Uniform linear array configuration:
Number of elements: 4
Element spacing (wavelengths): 1
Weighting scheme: kaiser
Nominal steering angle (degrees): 30
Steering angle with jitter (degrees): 30.893
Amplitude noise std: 0.05
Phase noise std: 0.05

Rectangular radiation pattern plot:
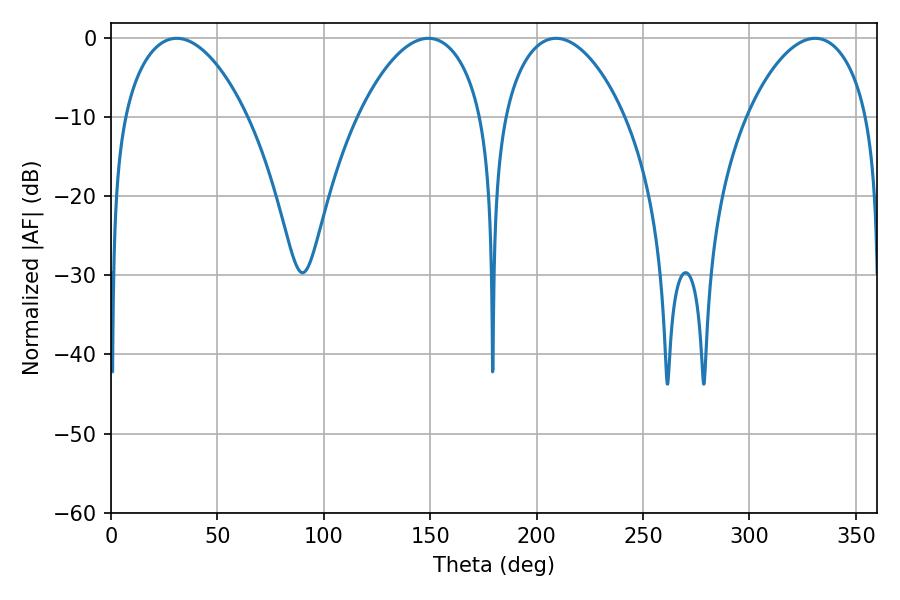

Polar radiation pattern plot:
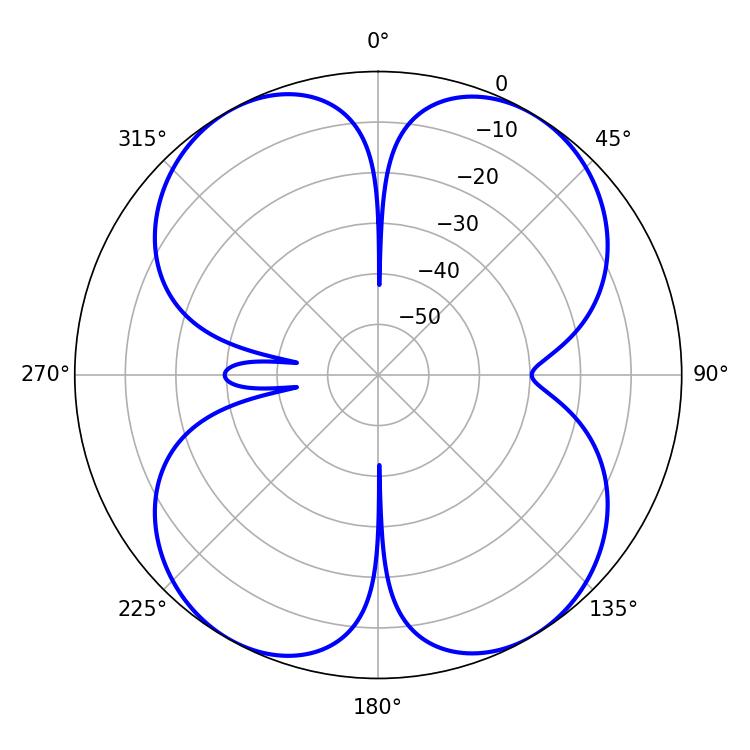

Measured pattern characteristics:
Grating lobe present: TRUE
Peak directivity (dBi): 16.298
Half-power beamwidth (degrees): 31.86
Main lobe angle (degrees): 209.16